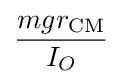
{\frac {mgr_{\mathrm {CM} }}{I_{O}}}